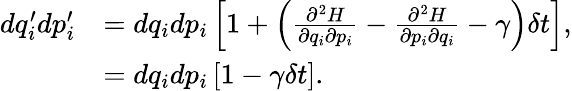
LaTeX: {\begin{array}{rl}{dq_{i}^{\prime}dp_{i}^{\prime}}&{=dq_{i}dp_{i}\left[1+\left({\frac{\partial^{2}H}{\partial q_{i}\partial p_{i}}}-{\frac{\partial^{2}H}{\partial p_{i}\partial q_{i}}}-\gamma\right)\delta t\right],}\\ &{=dq_{i}dp_{i}\left[1-\gamma\delta t\right].}\end{array}}